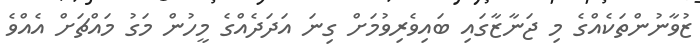
ޒުވާނުންތަކެއްގެ މި ޖަނާޒާގައި ބައިވެރިވުމަށް ގިނަ އަދަދެއްގެ މީހުން މަގު މައްޗަށް އެއްވެ